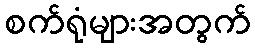
စက်ရုံများအတွက်